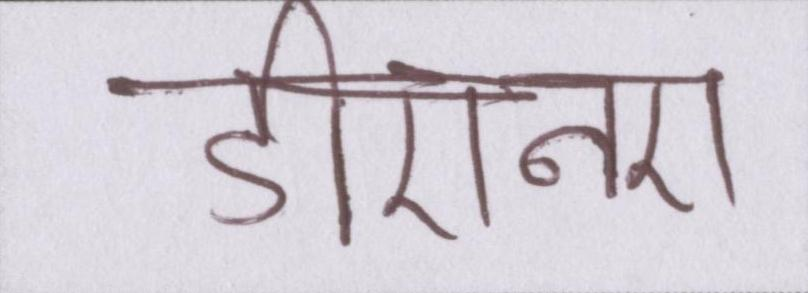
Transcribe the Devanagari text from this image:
डीएनए